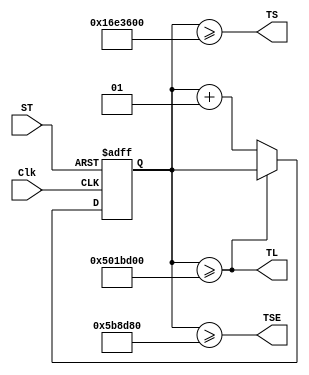
`timescale 1ns / 1ps
//////////////////////////////////////////////////////////////////////////////////
// Company: 
// Engineer: 
// 
// Design Name: 
// Module Name: Timer
// Project Name: 
// Target Devices: 
// Tool Versions: 
// Description: 
// 
// Dependencies: 
// 
// Revision:
// Revision 0.01 - File Created
// Additional Comments:
// 
//////////////////////////////////////////////////////////////////////////////////

module Timer(TS,TL,TSE,ST,Clk);
output TS;
output TL;
output TSE;
input ST;
input Clk;

integer value;

assign TS = (value >= 4*6000000);
assign TSE = (value >= 1*6000000);
assign TL = (value >= 14*6000000);

always @(posedge Clk or posedge ST) begin
if(ST)
value <= 0;
else if(TL)
value <=value;
else
value <= value+1;
end
endmodule